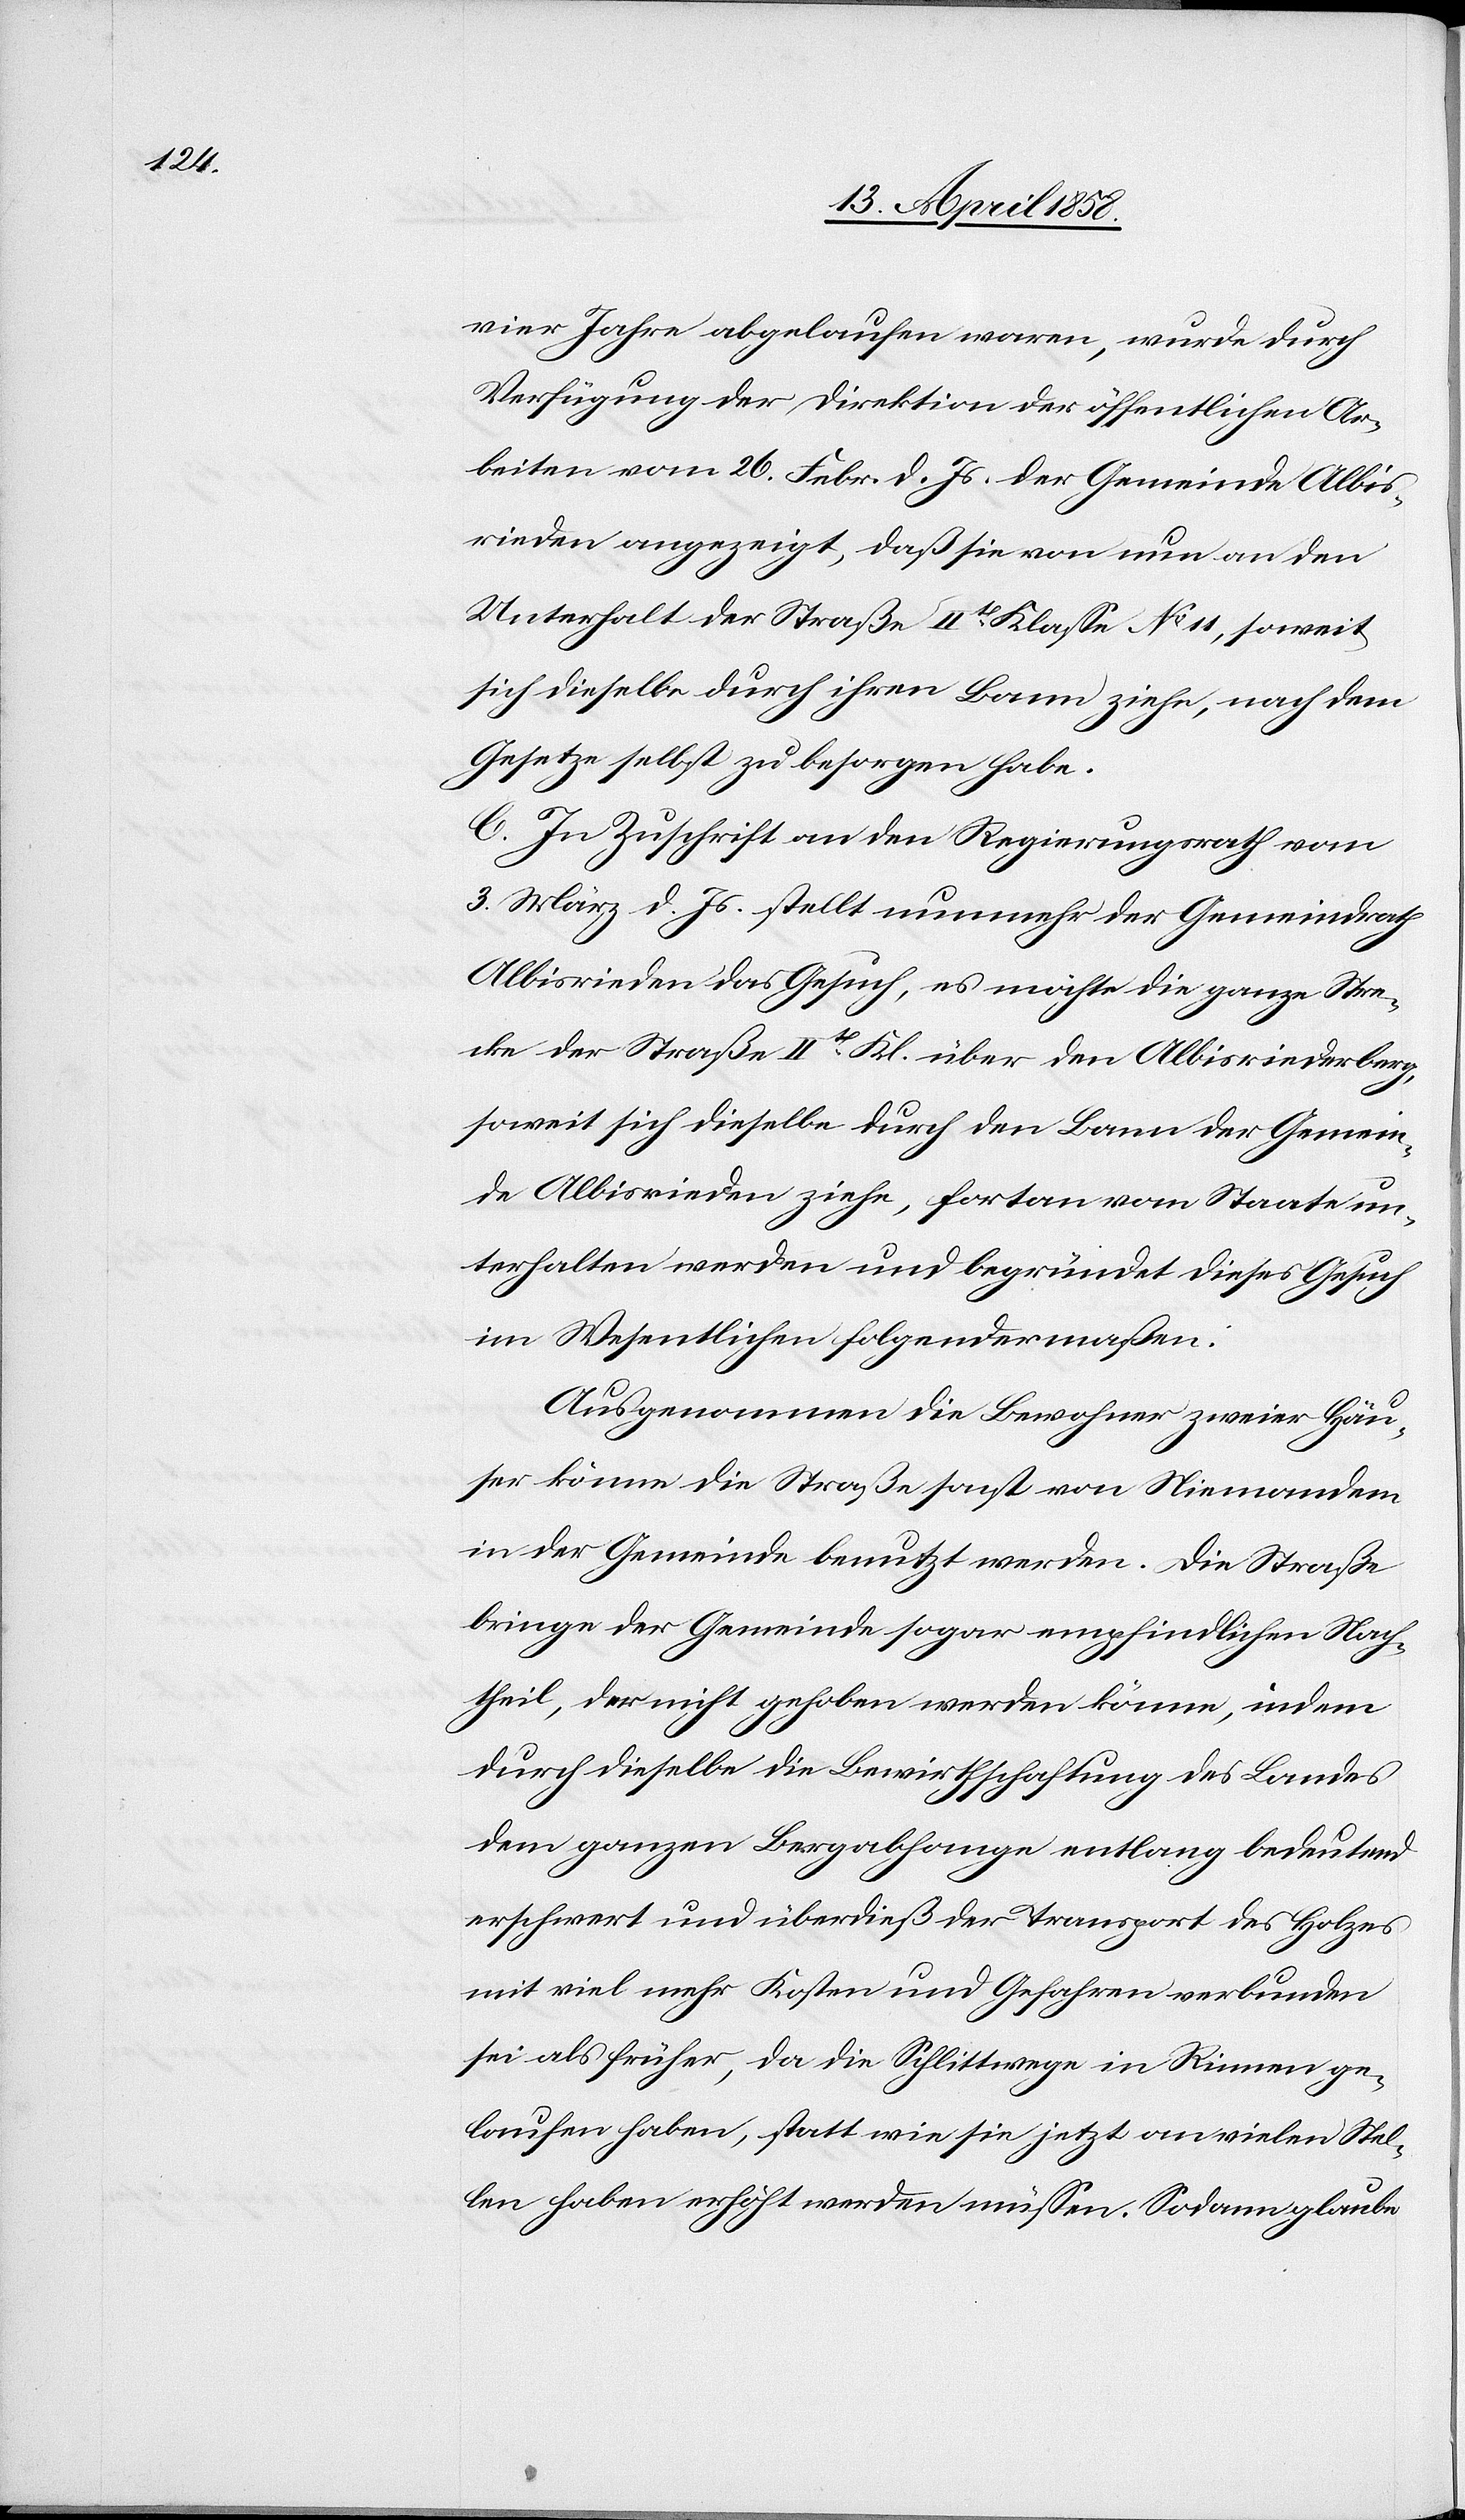
vier Jahre abgelaufen waren, wurde durch
Verfügung der Direktion der öffentlichen Ar¬
beiten vom 26. Febr. d. Js. der Gemeinde Albis¬
rieden angezeigt, daß sie von nun an den
Unterhalt der Straße IIt[er] Klasse No 11, soweit
sich dieselbe durch ihren Bann ziehe, nach dem
Gesetze selbst zu besorgen habe.
C. In Zuschrift an den Regierungsrath vom
3. März d. Js. stellt nunmehr der Gemeindrath
Albisrieden das Gesuch, es möchte die ganze Stre¬
cke der Straße IIt[er] Kl. über den Albisriederberg,
soweit sich dieselbe durch den Bann der Gemein¬
de Albisrieden ziehe, fortan vom Staate un¬
terhalten werden und begründet dieses Gesuch
im Wesentlichen folgendermaßen:
Ausgenommen die Bewohner zweier Häu¬
ser könne die Straße sonst von Niemandem
in der Gemeinde benutzt werden. Die Straße
bringe der Gemeinde sogar empfindlichen Nach¬
theil, der nicht gehoben werden könne, indem
durch dieselbe die Bewirtschaftung des Landes
dem ganzen Bergabhange entlang bedeutend
erschwert und überdieß der Transport des Holzes
mit viel mehr Kosten und Gefahren verbunden
sei als früher, da die Schlittwege in Rinnen ge¬
laufen haben, statt wie sie jetzt an vielen Stel¬
len haben erhöht werden müssen. Sodann glaube